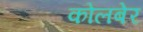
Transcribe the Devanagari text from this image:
कोलबेर